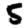
Digit: 5